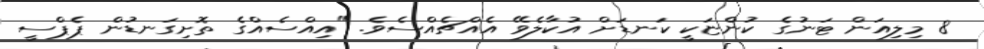
8 މިލިއަން ޓަނުގެ ކުންޏަކީ ކަނޑަށް އުކާލެވޭ އެއްޗެއްސެވެ. "އިއްސެއްގެ ތޮށިގަނޑުން ޕެޕްސީ